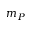
m _ { P }